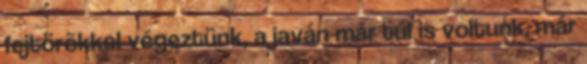
fejtörõkkel végeztünk, a javán már túl is voltunk, már